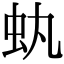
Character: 𧈮